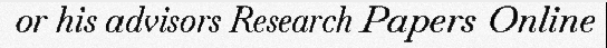
or his advisors Research Papers Online